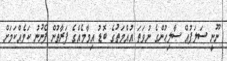
ނޫނީ ސަލަފުއް ޞާލިޙުންގެ ނުވަތަ އުއްމަތުގެ ބޮޑު އިމާމެއްގެ ފަރާތުން ފެނުނު ކަމެއްކަމަށް